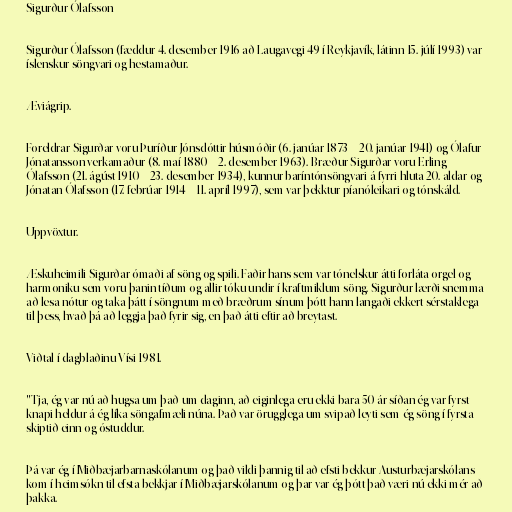
Sigurður Ólafsson

Sigurður Ólafsson (fæddur 4. desember 1916 að Laugavegi 49 í Reykjavík, látinn 15. júlí 1993) var
íslenskur söngvari og hestamaður.

Æviágrip.

Foreldrar Sigurðar voru Þuríður Jónsdóttir húsmóðir (6. janúar 1873 – 20. janúar 1941) og Ólafur
Jónatansson verkamaður (8. maí 1880 – 2. desember 1963). Bræður Sigurðar voru Erling
Ólafsson (21. ágúst 1910 – 23. desember 1934), kunnur baríntónsöngvari á fyrri hluta 20. aldar og
Jónatan Ólafsson (17. febrúar 1914 – 11. apríl 1997), sem var þekktur píanóleikari og tónskáld.

Uppvöxtur.

Æskuheimili Sigurðar ómaði af söng og spili. Faðir hans sem var tónelskur átti forláta orgel og
harmoniku sem voru þanin tíðum og allir tóku undir í kraftmiklum söng. Sigurður lærði snemma
að lesa nótur og taka þátt í söngnum með bræðrum sínum þótt hann langaði ekkert sérstaklega
til þess, hvað þá að leggja það fyrir sig, en það átti eftir að breytast.

Viðtal í dagblaðinu Vísi 1981.

"Tja, ég var nú að hugsa um það um daginn, að eiginlega eru ekki bara 50 ár síðan ég var fyrst
knapi heldur á ég líka söngafmæli núna. Það var örugglega um svipað leyti sem ég söng í fyrsta
skiptið einn og óstuddur.

Þá var ég í Miðbæjarbarnaskólanum og það vildi þannig til að efsti bekkur Austurbæjarskólans
kom í heimsókn til efsta bekkjar í Miðbæjarskólanum og þar var ég þótt það væri nú ekki mér að
þakka.